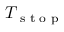
T _ { \textrm { s t o p } }